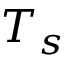
T _ { s }